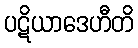
ပဋိယာဒေဟီတိ